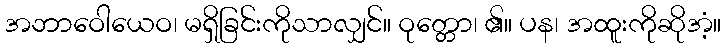
အဘာဝေါယေဝ၊ မရှိခြင်းကိုသာလျှင်။ ဝုတ္တော၊ ၏။ ပန၊ အထူးကိုဆိုအံ့။